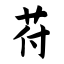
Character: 苻